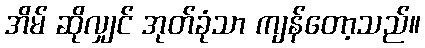
အိမ် ဆိုလျှင် အုတ်ခုံသာ ကျန်တော့သည်။